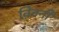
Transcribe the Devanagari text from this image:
क़्विनी